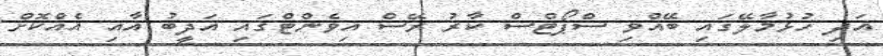
އަދި ހުޅުމާލޭގައި ބޭއްވި ސްޕޯޓްސް ކާރު ރޭސް އިވެންޓްގައި އަދީބު އާއި އެއްކޮށް